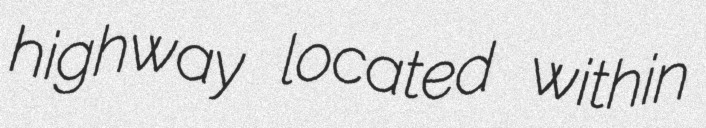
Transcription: highway located within